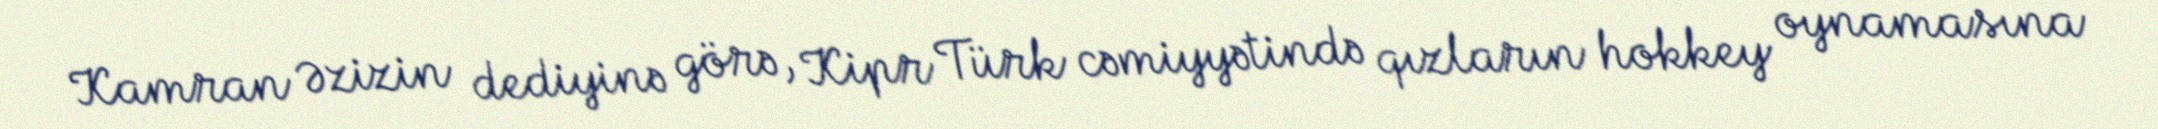
Kamran Əzizin dediyinə görə, Kipr Türk cəmiyyətində qızların hokkey oynamasına